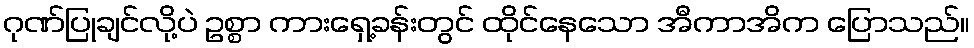
ဂုဏ်ပြုချင်လို့ပဲ ဥစ္စာ ကားရှေ့ခန်းတွင် ထိုင်နေသော အီကာအိက ပြောသည်။